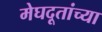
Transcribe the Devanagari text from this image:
मेघदूतांच्या